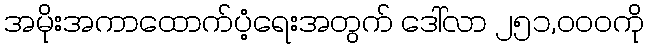
အမိုးအကာထောက်ပံ့ရေးအတွက် ဒေါ်လာ ၂၅၁,၀၀၀ကို